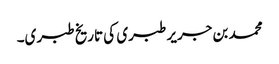
محمد بن جریر طبری کی تاریخ طبری۔